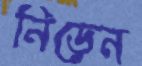
নিড়েন